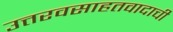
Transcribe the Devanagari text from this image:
उत्तरवसाहतवादाची